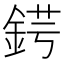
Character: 𨧈